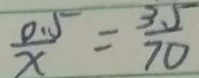
\frac { 0 . 5 } { x } = \frac { 3 . 5 } { 7 0 }